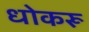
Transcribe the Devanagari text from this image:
धोकरू